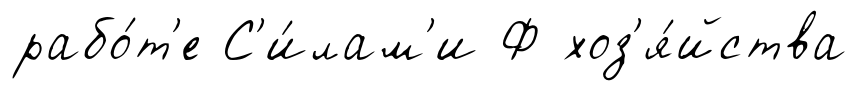
рабо́т'е С'и́лам'и Ф хоз'я́йства